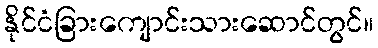
နိုင်ငံခြားကျောင်းသားဆောင်တွင်။